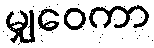
မျှဝေကာ